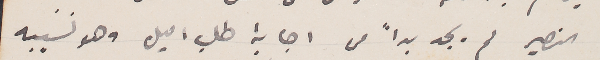
النصير لم يجد بداً من اجابة طلب اميل وهو نسيبه